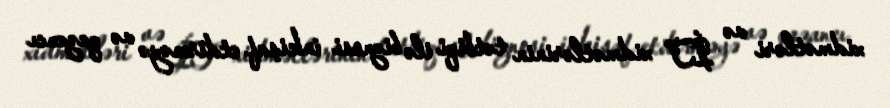
xidmətləri və İT xidmətlərinin tətbiqi ilə biznesi inkişaf etdirməyə və qazancı